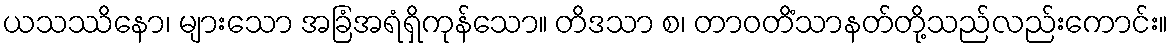
ယသဿိနော၊ များသော အခြံအရံရှိကုန်သော။ တိဒသာ စ၊ တာဝတိံသာနတ်တို့သည်လည်းကောင်း။